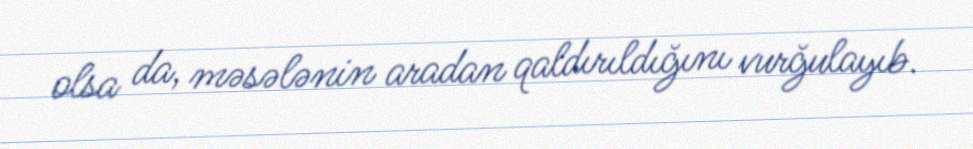
olsa da, məsələnin aradan qaldırıldığını vurğulayıb.